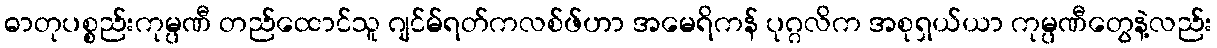
ဓာတုပစ္စည်းကုမ္ပဏီ တည်ထောင်သူ ဂျင်မ်ရတ်ကလစ်ဖ်ဟာ အမေရိကန် ပုဂ္ဂလိက အစုရှယ်ယာ ကုမ္ပဏီတွေနဲ့လည်း